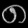
Digit: ၈